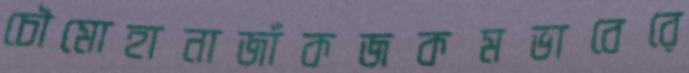
চৌমোহানাজাঁকজকমভাবেরে